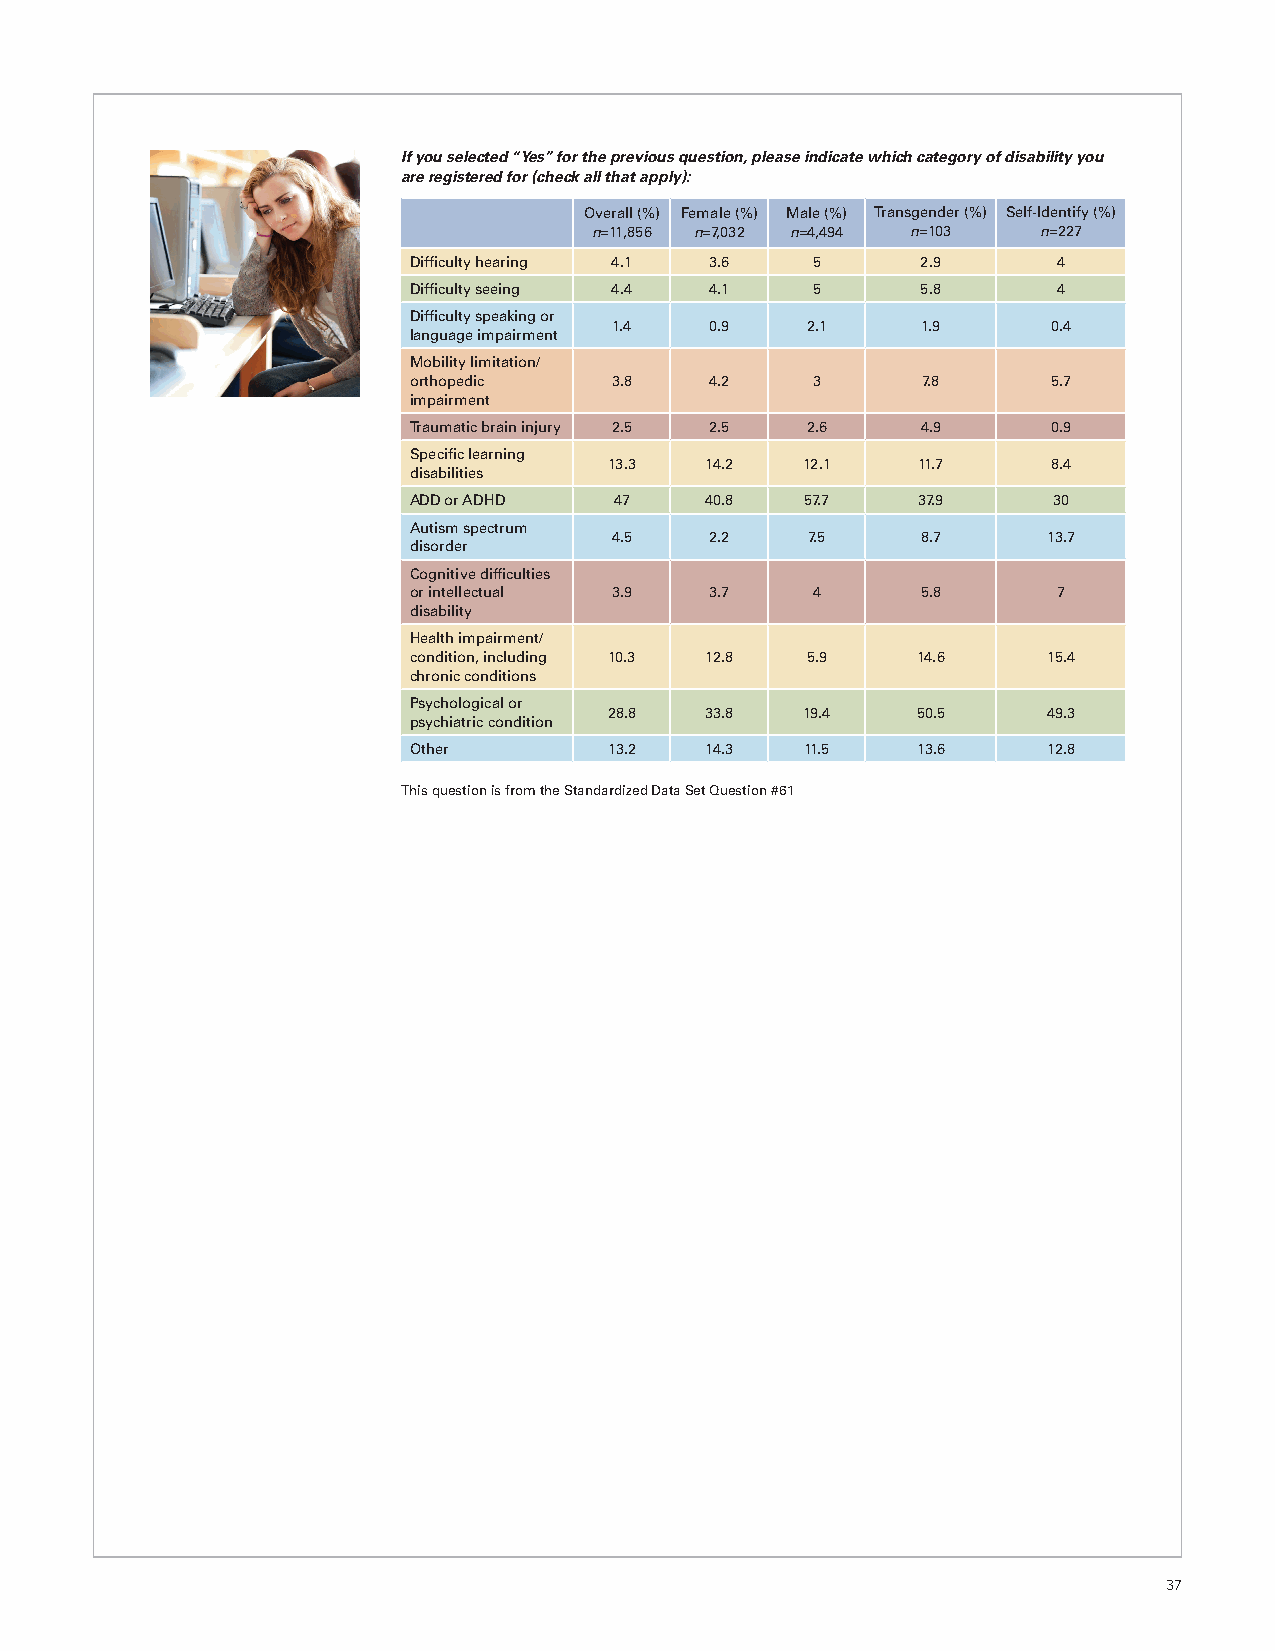
If you selected “Yes” for the previous question, please indicate which category of disability you
 are registered for (check all that apply):
 Overall (%) Female (%) Male (%) Transgender (%) Self-Identify (%)
 n=11,856 n=7,032 n=4,494 n=103 n=227
 Difficulty hearing 4.1 3.6 5      2.9      4
 Difficulty seeing 4.4 4.1  5      5.8      4
 Difficulty speaking or
 1.4   0.9   2.1     1.9      0.4
 language impairment
 Mobility limitation/
 orthopedic   3.8    4.2    3      7.8      5.7
 impairment
 Traumatic brain injury 2.5 2.5 2.6 4.9     0.9
 Specific learning
 13.3   14.2  12.1    11.7     8.4
 disabilities
 ADD or ADHD   47    40.8  57.7    37.9     30
 Autism spectrum
 4.5    2.2   7.5     8.7     13.7
 disorder
 Cognitive difficulties
 or intellectual 3.9 3.7    4      5.8      7
 disability
 Health impairment/
 condition, including 10.3 12.8 5.9 14.6   15.4
 chronic conditions
 Psychological or
 28.8   33.8  19.4    50.5    49.3
 psychiatric condition
 Other        13.2   14.3  11.5    13.6    12.8
 This question is from the Standardized Data Set Question #61
 37